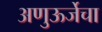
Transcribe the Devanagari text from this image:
अणुऊर्जेचा